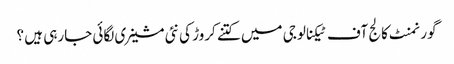
گورنمنٹ کالج آف ٹیکنالوجی میں کتنے کروڑ کی نئی مشینری لگائی جارہی ہیں ؟